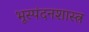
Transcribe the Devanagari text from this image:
भूस्पंदनशास्त्र